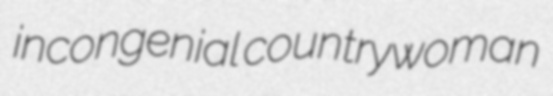
incongenial countrywoman